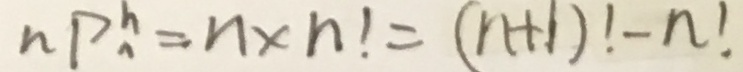
n P ^ { h } _ { n } = n \times n ! = ( n + 1 ) ! - n !